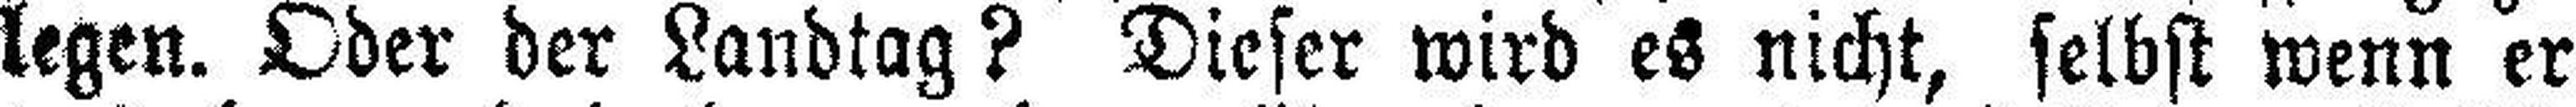
legen. Oder der Landtag? Dieser wird es nicht, selbst wenn er